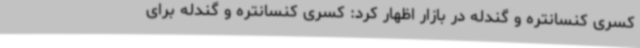
کسری کنسانتره و گندله در بازار اظهار کرد: کسری کنسانتره و گندله برای